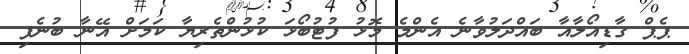
ޕެޕް ގާޑިއޯލާއާ ބައްދަލުވާނެ އެންމެ މޮޅު ފުޓުބޯޅަ ކުޅުންތެރިޔާ ކަމަށް އޭނާ ބުނެފި